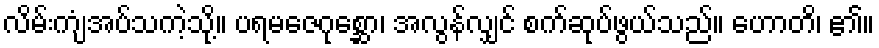
လိမ်းကျံအပ်သကဲ့သို့။ ပရမဇေဂုစ္ဆော၊ အလွန်လျှင် စက်ဆုပ်ဖွယ်သည်။ ဟောတိ၊ ၏။